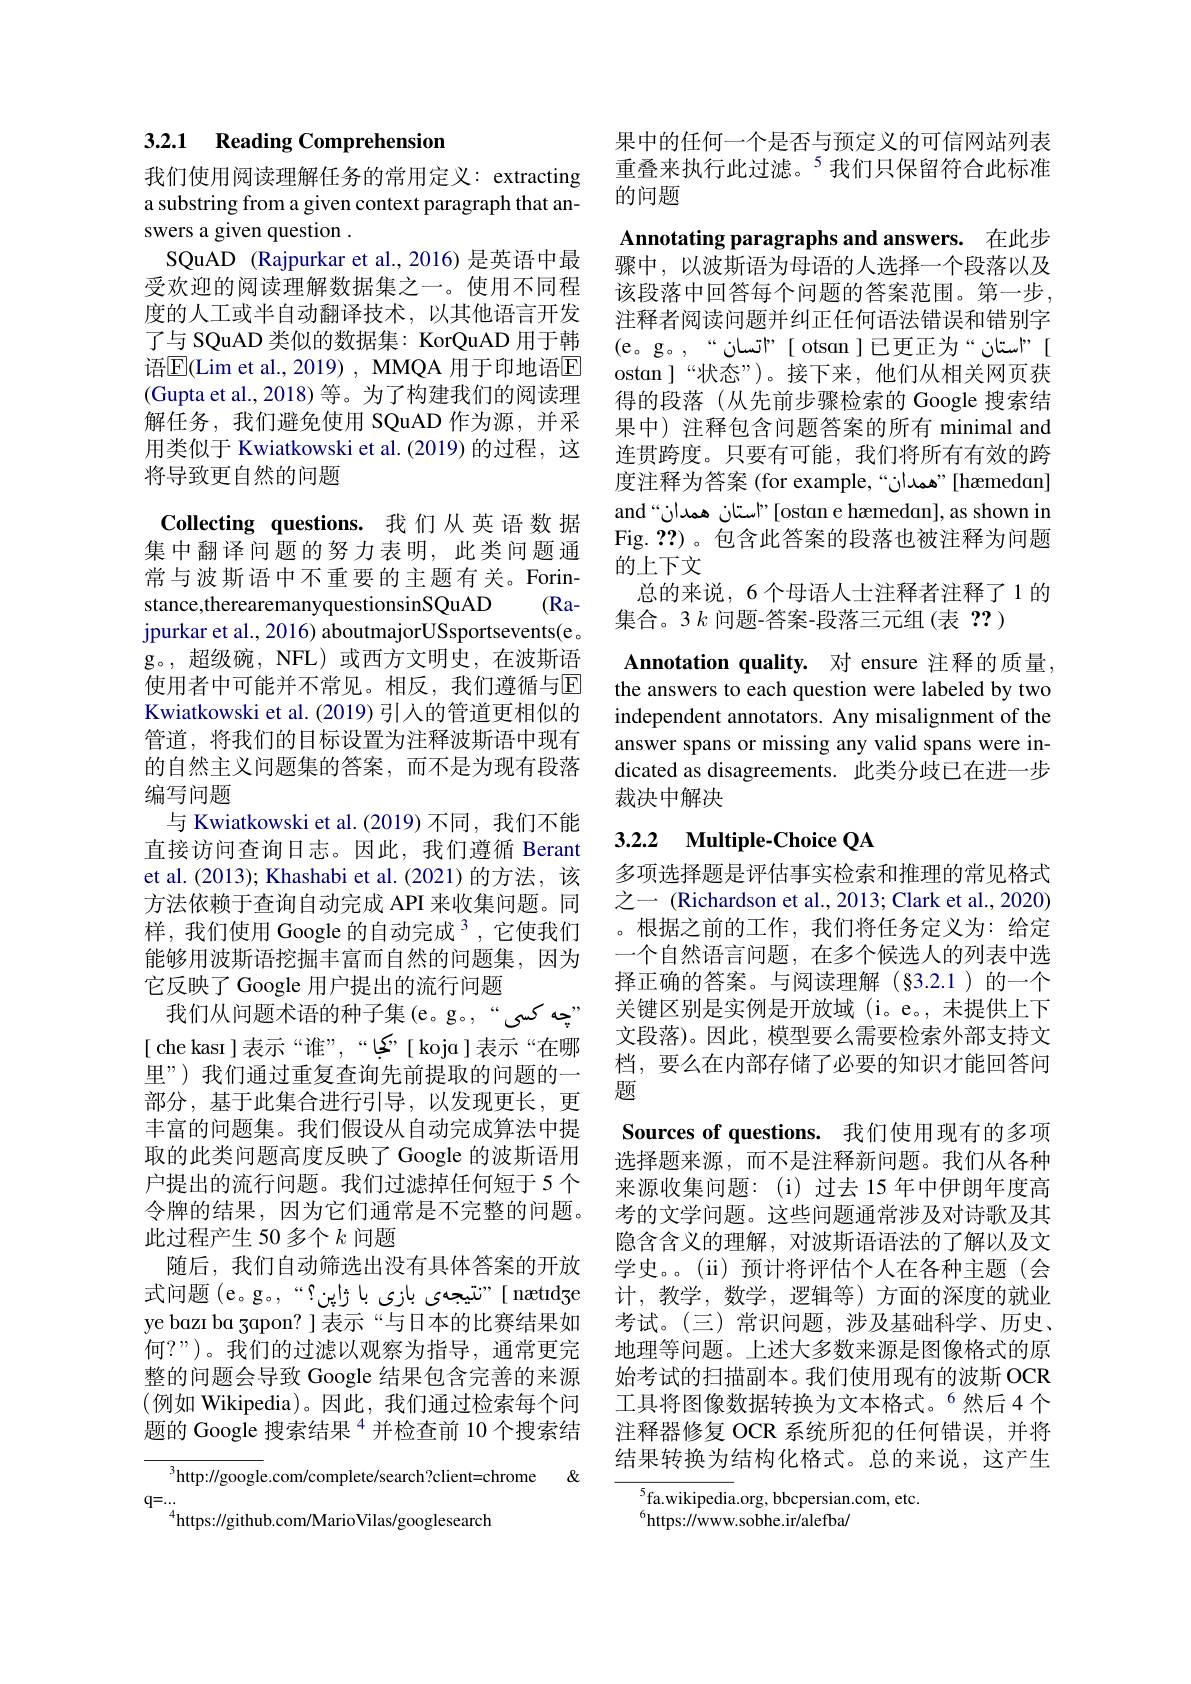
3.2.1 Reading Comprehension

我们使用阅读理解任务的常用定义：extracting a substring from a given context paragraph that answers a given question .
SQuAD (Rajpurkar et al., 2016) 是英语中最受欢迎的阅读理解数据集之一。使用不同程度的人工或半自动翻译技术，以其他语言开发了与 SQuAD 类似的数据集：KorQuAD 用于韩语$\overline{\mathrm{E}}($Lim et al.,2019) , MMQA 用于印地语$\overline{\mathrm{E}}$ (Gupta et al.,2018) 等。为了构建我们的阅读理解任务，我们避免使用 SQuAD 作为源，并采用类似于 Kwiatkowski et al.(2019)的过程，这将导致更自然的问题

Collecting questions. 我们从英语数据集中翻译问题的努力表明，此类问题通常与波斯语中不重要的主题有关。Forinstance,therearemanyquestionsinSQuAD (Rajpurkar et al., 2016) aboutmajorUSsportsevents(e。g。,超级碗，NFL)或西方文明史，在波斯语使用者中可能并不常见。相反，我们遵循与回Kwiatkowski et al. (2019) 引入的管道更相似的管道，将我们的目标设置为注释波斯语中现有的自然主义问题集的答案，而不是为现有段落编写问题
与 Kwiatkowski et al.(2019) 不同，我们不能直接访问查询日志。因此，我们遵循 Berant et al. (2013); Khashabi et al. (2021)的方法，该方法依赖于查询自动完成 API 来收集问题。同样，我们使用 Google 的自动完成$^{3}$,它使我们能够用波斯语挖掘丰富而自然的问题集，因为它反映了 Google 用户提出的流行问题
我们从问题术语的种子集(e。g。,“چھ کسی" [ che kası ]表示“谁”,“گا““ [ koja]表示“在哪里”)我们通过重复查询先前提取的问题的一部分，基于此集合进行引导，以发现更长，更丰富的问题集。我们假设从自动完成算法中提取的此类问题高度反映了 Google 的波斯语用户提出的流行问题。我们过滤掉任何短于 5 个令牌的结果，因为它们通常是不完整的问题。此过程产生 50 多个$k$问题
随后，我们自动筛选出没有具体答案的开放式问题 (e。g。,““"تیجهی بازی با ڑاپن $^{\mathrm{w}}$ , ye bazı ba $z$qpon? ]表示“与日本的比赛结果如何？”)。我们的过滤以观察为指导，通常更完整的问题会导致 Google 结果包含完善的来源(例如 Wikipedia)。因此，我们通过检索每个问题的 Google 搜索结果$^{4}$并检查前 10 个搜索结

$^3$http://google.com/complete/search?client=chrome&&
$\mathrm{q=...}_{4}$https://github.com/MarioVilas/googlesearch

果中的任何一个是否与预定义的可信网站列表重叠来执行此过滤。$^{5}$我们只保留符合此标准的问题
Annotating paragraphs and answers. 在此步骤中，以波斯语为母语的人选择一个段落以及该段落中回答每个问题的答案范围。第一步， 注释者阅读问题并纠正任何语法错误和错别字(e。g。“اتسان" [otsan ]已更正为”استان" [ ostan]“状态”)。接下来，他们从相关网页获得的段落(从先前步骤检索的 Google 搜索结果中) 注释包含问题答案的所有 minimal and 连贯跨度。只要有可能，我们将所有有效的跨度注释为答案 (for example,“ " acal' " [hæmedan] and“استان همدان"[ostan e hæmedan], as shown in Fig. ??)。包含此答案的段落也被注释为问题的上下文
总的来说，6个母语人士注释者注释了1的
集合。3 $k$问题-答案-段落三元组(表？?)
Annotation quality. 对 ensure 注释的质量， the answers to each question were labeled by two independent annotators. Any misalignment of the answer spans or missing any valid spans were indicated as disagreements. 此类分歧已在进一步裁决中解决

## 3.2.2 Multiple-Choice QA

多项选择题是评估事实检索和推理的常见格式之一 (Richardson et al., 2013; Clark et al., 2020) 。根据之前的工作，我们将任务定义为：给定一个自然语言问题，在多个候选人的列表中选择正确的答案。与阅读理解(§3.2.1)的一个关键区别是实例是开放域(i。e。, 未提供上下文段落)。因此，模型要么需要检索外部支持文档，要么在内部存储了必要的知识才能回答问题
Sources of questions. 我们使用现有的多项选择题来源，而不是注释新问题。我们从各种来源收集问题：(i)过去 15 年中伊朗年度高考的文学问题。这些问题通常涉及对诗歌及其隐含含义的理解，对波斯语语法的了解以及文学史。。(ii)预计将评估个人在各种主题(会计，教学，数学，逻辑等)方面的深度的就业考试。(三)常识问题，涉及基础科学、历史、 地理等问题。上述大多数来源是图像格式的原始考试的扫描副本。我们使用现有的波斯 OCR 工具将图像数据转换为文本格式。6然后4个注释器修复 OCR 系统所犯的任何错误，并将结果转换为结构化格式。总的来说，这产生

$^{5}$fa.wikipedia.org, bbcpersian.com, etc.
$^{6}$https://www.sobhe.ir/alefba/